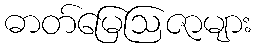
ဓာတ်မြေဩဇာများ